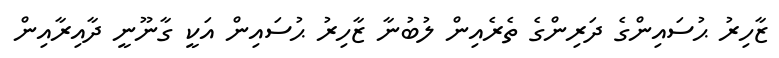
ޒާހިރު ޙުސައިންގެ ދަރިންގެ ތެރެއިން ލުބުނާ ޒާހިރު ޙުސައިން އަކީ ގާނޫނީ ދާއިރާއިން